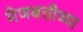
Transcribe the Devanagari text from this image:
मेणबत्तीच्या